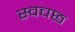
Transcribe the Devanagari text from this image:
स्वचछ